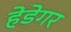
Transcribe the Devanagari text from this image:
हेडेगर